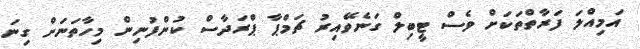
އަމިއްލަ ފަރާތްތަކަށް ވެސް ޓީބިލް ގަނެވޭއިރު ޗަމްޕާ ޕްރަދާސް ކުންފުނިން މިހާތަނަށް ގިނަ